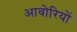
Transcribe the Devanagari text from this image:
आवोरियों